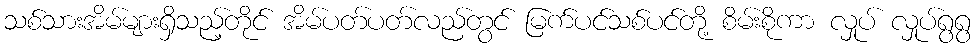
သစ်သားအိမ်များရှိသည့်တိုင် အိမ်ပတ်ပတ်လည်တွင် မြက်ပင်သစ်ပင်တို့ စိမ်းစိုကာ လှုပ် လှုပ်ရွရွ